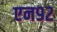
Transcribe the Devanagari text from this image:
एन९२